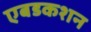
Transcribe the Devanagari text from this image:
एबडकशन